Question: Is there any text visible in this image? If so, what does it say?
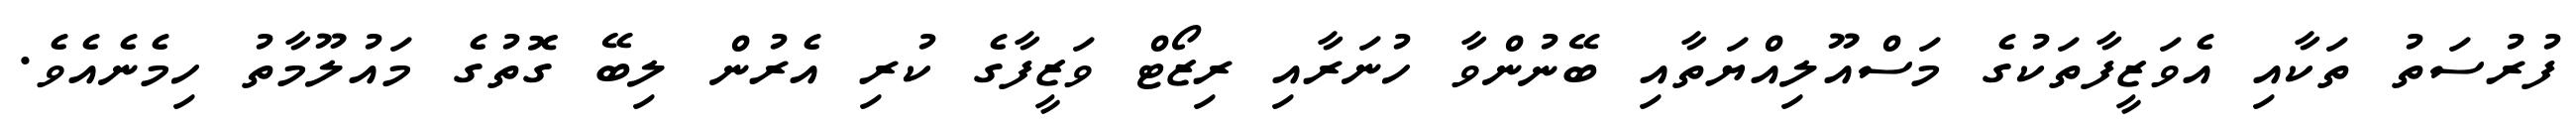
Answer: ފުރުސަތު ތަކާއި އެވަޒީފާތަކުގެ މަސްއޫލިއްޔަތާއި ބޭނުންވާ ހުނަރާއި ރިޒޯޓް ވަޒީފާގެ ކުރި އެރުން ލިބޭ ގޮތުގެ މައުލޫމާތު ހިމެނެއެވެ.